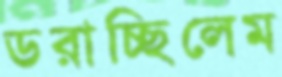
ডরাচ্ছিলেম